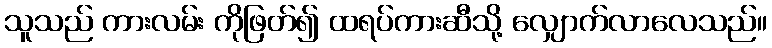
သူသည် ကားလမ်း ကိုဖြတ်၍ ထရပ်ကားဆီသို့ လျှောက်လာလေသည်။